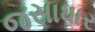
જસાધાર